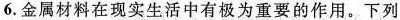
6.金属材料在现实生活中有极为重要的作用。下列